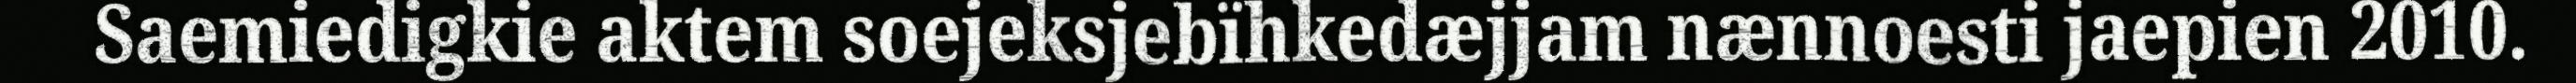
Saemiedigkie aktem soejeksjebïhkedæjjam nænnoesti jaepien 2010.